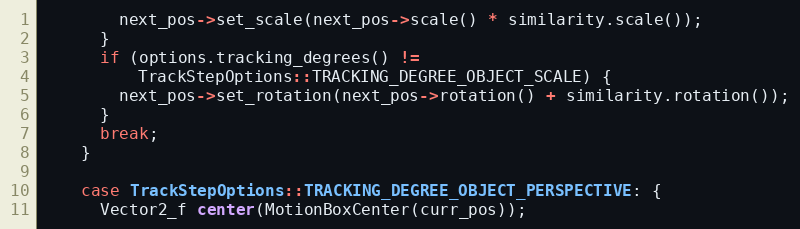
Language: C++
        next_pos->set_scale(next_pos->scale() * similarity.scale());
      }
      if (options.tracking_degrees() !=
          TrackStepOptions::TRACKING_DEGREE_OBJECT_SCALE) {
        next_pos->set_rotation(next_pos->rotation() + similarity.rotation());
      }
      break;
    }

    case TrackStepOptions::TRACKING_DEGREE_OBJECT_PERSPECTIVE: {
      Vector2_f center(MotionBoxCenter(curr_pos));